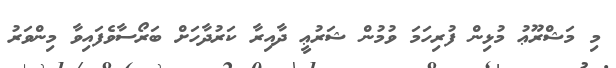
މި މަޝްރޫޢު މުޅިން ފުރިހަމަ ވުމުން ޝަރުޢީ ދާއިރާ ކަރުދާހަށް ބަރޯސާވެފައިވާ މިންވަރު